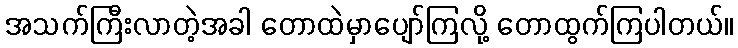
အသက်ကြီးလာတဲ့အခါ တောထဲမှာပျော်ကြလို့ တောထွက်ကြပါတယ်။